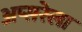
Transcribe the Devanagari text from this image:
अप्सरेला